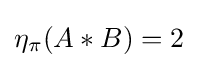
\eta _{\pi }(A*B)=2